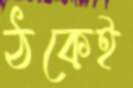
ঠকেই